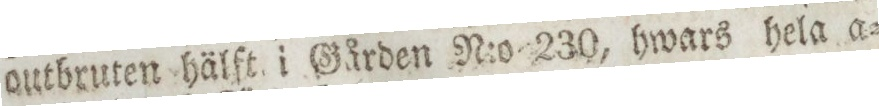
outbruten hälſt i Gården N:o 230, hwars hela a=